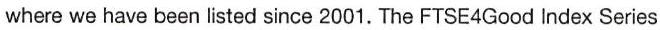
where we have been listed since 2001. The FTSE4Good Index Series